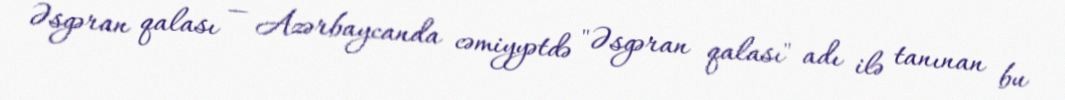
Əsgəran qalası — Azərbaycanda cəmiyyətdə "Əsgəran qalası" adı ilə tanınan bu